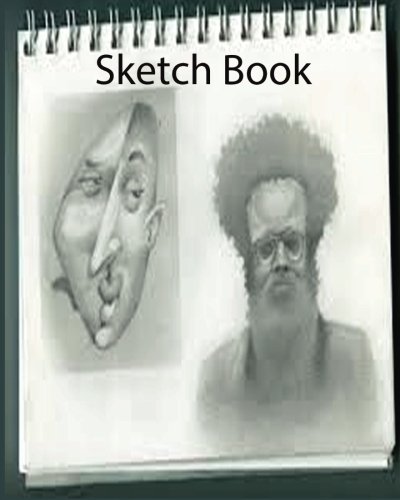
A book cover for Sketch Book; "Ske Inc142; Crafts, Hobbies & Home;